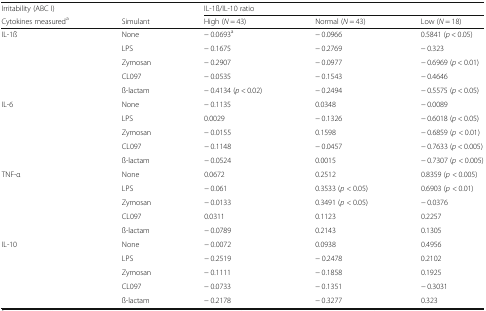
| Irritability (ABC I) |  | <COLSPAN=3> IL-1ß/IL-10 ratio |
 | Cytokines measureda | Simulant | High (N = 43) | Normal (N = 43) | Low (N = 18) |
 | --- | --- | --- | --- | --- |
 | IL-1ß | None | − 0.0693a | − 0.0966 | 0.5841 (p < 0.05) |
 |  | LPS | − 0.1675 | − 0.2769 | − 0.323 |
 |  | Zymosan | − 0.2907 | − 0.0977 | − 0.6969 (p < 0.01) |
 |  | CL097 | − 0.0535 | − 0.1543 | − 0.4646 |
 |  | ß-lactam | − 0.4134 (p < 0.02) | − 0.2494 | − 0.5575 (p < 0.05) |
 | IL-6 | None | − 0.1135 | 0.0348 | − 0.0089 |
 |  | LPS | 0.0029 | − 0.1326 | − 0.6018 (p < 0.05) |
 |  | Zymosan | − 0.0155 | 0.1598 | − 0.6859 (p < 0.01) |
 |  | CL097 | − 0.1148 | − 0.0457 | − 0.7633 (p < 0.005) |
 |  | ß-lactam | − 0.0524 | 0.0015 | − 0.7307 (p < 0.005) |
 | TNF-α | None | 0.0672 | 0.2512 | 0.8359 (p < 0.005) |
 |  | LPS | − 0.061 | 0.3533 (p < 0.05) | 0.6903 (p < 0.01) |
 |  | Zymosan | − 0.0133 | 0.3491 (p < 0.05) | − 0.0376 |
 |  | CL097 | 0.0311 | 0.1123 | 0.2257 |
 |  | ß-lactam | − 0.0789 | 0.2143 | 0.1305 |
 | IL-10 | None | − 0.0072 | 0.0938 | 0.4956 |
 |  | LPS | − 0.2519 | − 0.2478 | 0.2102 |
 |  | Zymosan | − 0.1111 | − 0.1858 | 0.1925 |
 |  | CL097 | − 0.0733 | − 0.1351 | − 0.3031 |
 |  | ß-lactam | − 0.2178 | − 0.3277 | 0.323 |